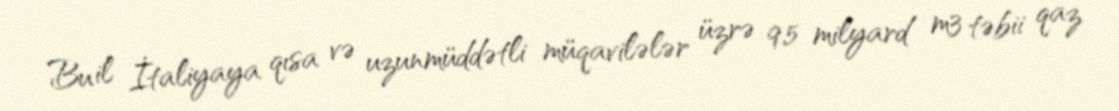
Bu il İtaliyaya qısa və uzunmüddətli müqavilələr üzrə 9,5 milyard m3 təbii qaz